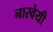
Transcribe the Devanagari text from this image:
नारवेयी